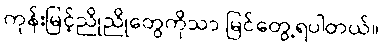
ကုန်းမြင့်ညိုညိုတွေကိုသာ မြင်တွေ့ရပါတယ်။